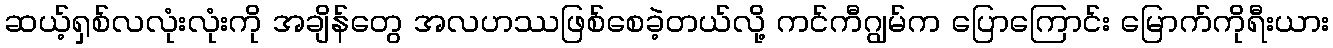
ဆယ့်ရှစ်လလုံးလုံးကို အချိန်တွေ အလဟဿဖြစ်စေခဲ့တယ်လို့ ကင်ကီဂျွမ်က ပြောကြောင်း မြောက်ကိုရီးယား